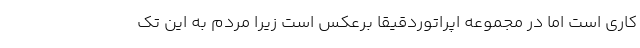
کاری است اما در مجموعه اپراتوردقیقا برعکس است زیرا مردم به این تک